Malaria in India - Number 2
Disease focus: Malaria
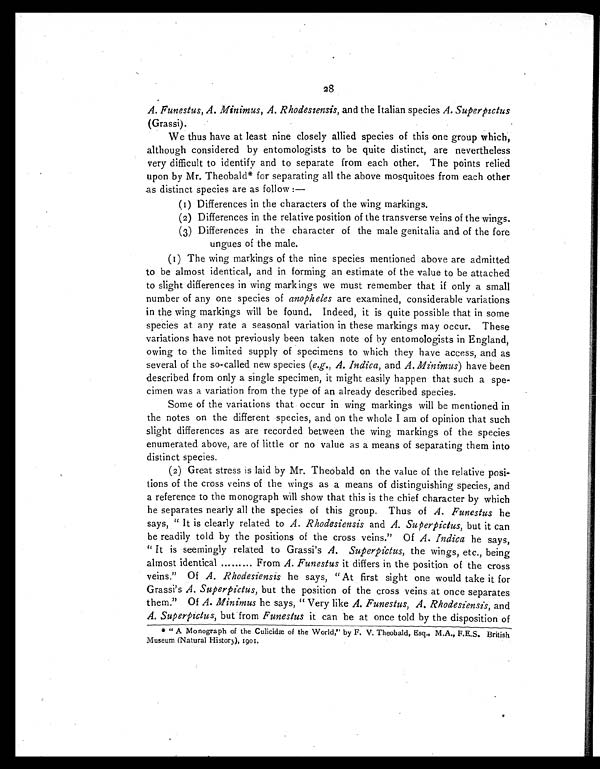
28
A. Funestus, A. Minimus, A. Rhodesiensis, and the Italian species A. Su p e r p i c t us
(Grassi).
We thus have at least nine closely allied species of this one group which,
although considered by entomologists to be quite distinct, are nevertheless
very difficult to identify and to separate from each other. The points relied
upon by Mr. Theobald* for separating all the above mosquitoes from each other
as distinct species are as follow :—
(1) Differences in the characters of the wing markings.
(2) Differences in the relative position of the transverse veins of the wings.
(3) Differences in the character of the male genitalia and of the fore
ungues of the male.
(1) The wing markings of the nine species mentioned above are admitted
to be almost identical, and in forming an estimate of the value to be attached
to slight differences in wing markings we must remember that if only a small
number of any one species of anopheles are examined, considerable variations
in the wing markings will be found. Indeed, it is quite possible that in some
species at any rate a seasonal variation in these markings may occur. These
variations have not previously been taken note of by entomologists in England,
owing to the limited supply of specimens to which they have access, and as
several of the so-called new species (e.g., A. Indica, and A. Minimus) have been
described from only a single specimen, it might easily happen that such a spe-
cimen was a variation from the type of an already described species.
Some of the variations that occur in wing markings will be mentioned in
the notes on the different species, and on the whole I am of opinion that such
slight differences as are recorded between the wing markings of the species
enumerated above, are of little or no value as a means of separating them into
distinct species.
(2) Great stress is laid by Mr. Theobald on the value of the relative posi-
tions of the cross veins of the wings as a means of distinguishing species, and
a reference to the monograph will show that this is the chief character by which
he separates nearly all the species of this group. Thus of A. Funestus he
says, "It is clearly related to A. Rhodesiensis and A. Superpictus, but it can
be readily told by the positions of the cross veins." Of A. Indica he says,
"It is seemingly related to Grassi's A. Superpictus, the wings, etc., being
almost identical......... FromA . F u n e s t u s
i t d i f f e r s i n t h e p o s i t i o n o f t h e c r o s s
veins." Of A. Rhodesiensis he says, "At first sight one would take it for
Grassi's A. Superpictus, but the position of the cross veins at once separates
them." Of A. Minimus he says, "Very like A. Funestus, A. Rhodesiensis, and
A. Superpictus, but from Funestus it can be at once told by the disposition of
* "A Monograph of the Culicidæ of the World,"by F. V. Theobald, Esq., M.A., F.E.S. British
Museum (Natural History), 1901.